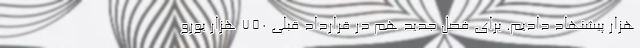
هزار پیشنهاد دادیم. برای فصل جدید هم در قرارداد قبلی 750 هزار یورو